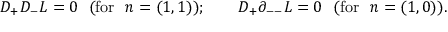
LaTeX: D _ { + } D _ { - } L = 0 ~ ~ ( \mathrm { f o r } ~ ~ n = ( 1 , 1 ) ) ; \qquad D _ { + } \partial _ { -- } L = 0 { } ~ ~ ( \mathrm { f o r } ~ ~ n = ( 1 , 0 ) ) .